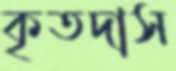
কৃতদাস